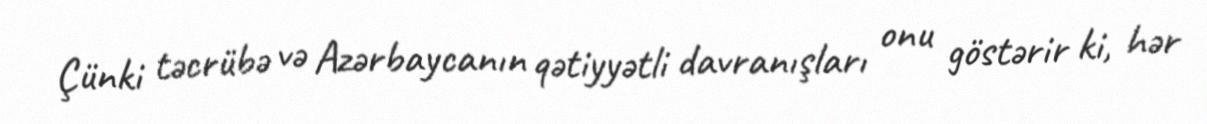
Çünki təcrübə və Azərbaycanın qətiyyətli davranışları onu göstərir ki, hər